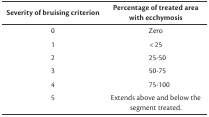
<table><thead><tr><td><b>Severity of bruising criterion</b></td><td><b>Percentage of treated area with ecchymosis</b></td></tr></thead><tbody><tr><td>0</td><td>Zero</td></tr><tr><td>1</td><td>&lt; 25</td></tr><tr><td>2</td><td>25-50</td></tr><tr><td>3</td><td>50-75</td></tr><tr><td>4</td><td>75-100</td></tr><tr><td>5</td><td>Extends above and below the segment treated.</td></tr></tbody></table>